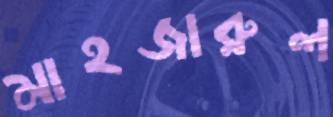
মাহজারুল